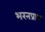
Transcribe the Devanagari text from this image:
भरनप्राथ